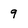
Character: 9